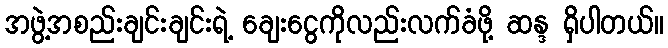
အဖွဲ့အစည်းချင်းချင်းရဲ့ ချေးငွေကိုလည်းလက်ခံဖို့ ဆန္ဒ ရှိပါတယ်။